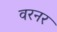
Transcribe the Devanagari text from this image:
वरनर